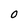
Character: O